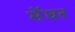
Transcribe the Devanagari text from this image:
मेंघर